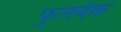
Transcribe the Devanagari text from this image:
फुलबॅक